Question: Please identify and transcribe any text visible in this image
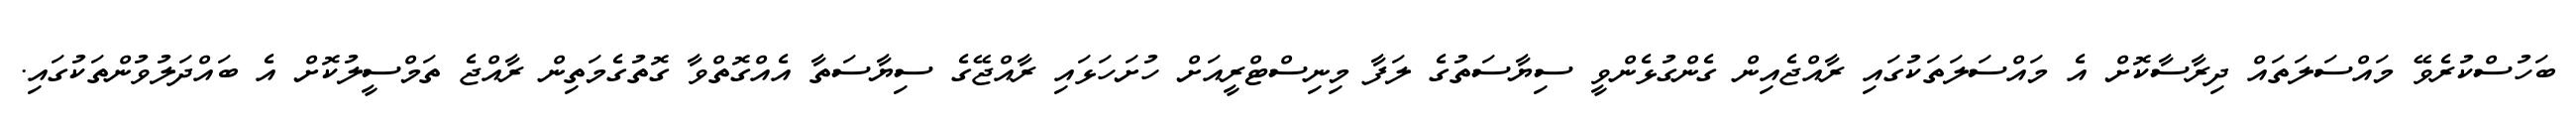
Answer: ބަހުސްކުރެވޭ މައްސަލަތައް ދިރާސާކޮށް އެ މައްސަލަތަކުގައި ރާއްޖެއިން ގެންގުޅެންވީ ސިޔާސަތުގެ ލަފާ މިނިސްޓްރީއަށް ހުށަހަޅައި ރާއްޖޭގެ ސިޔާސަތާ އެއްގޮތްވާ ގޮތުގެމަތިން ރާއްޖެ ތަމްސީލުކޮށް އެ ބައްދަލުވުންތަކުގައި.